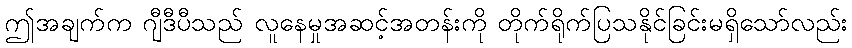
ဤအချက်က ဂျီဒီပီသည် လူနေမှုအဆင့်အတန်းကို တိုက်ရိုက်ပြသနိုင်ခြင်းမရှိသော်လည်း